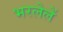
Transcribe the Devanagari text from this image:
भरलेलें